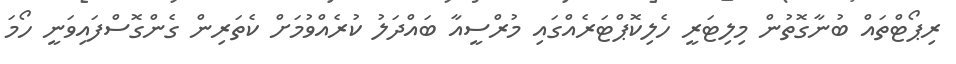
ރިޕޯޓްތައް ބުނާގޮތުން މިލިޓަރީ ހެލިކޮޕްޓަރެއްގައި މުރްސީއާ ބައްދަލު ކުރެއްވުމަށް ކެތަރިން ގެންގޮސްފައިވަނީ ހޯމަ